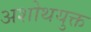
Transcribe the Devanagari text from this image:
अशोथयुक्त